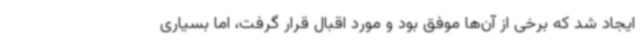
ایجاد شد که برخی از آن‌ها موفق بود و مورد اقبال قرار گرفت، اما بسیاری